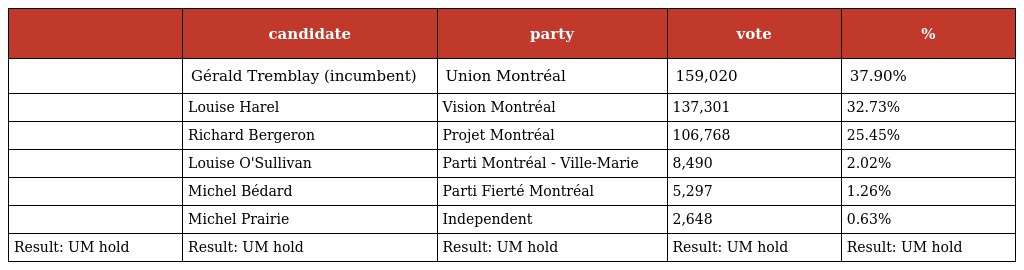
|  | candidate | party | vote | % |
 | --- | --- | --- | --- | --- |
 |  | Gérald Tremblay (incumbent) | Union Montréal | 159,020 | 37.90% |
 |  | Louise Harel | Vision Montréal | 137,301 | 32.73% |
 |  | Richard Bergeron | Projet Montréal | 106,768 | 25.45% |
 |  | Louise O'Sullivan | Parti Montréal - Ville-Marie | 8,490 | 2.02% |
 |  | Michel Bédard | Parti Fierté Montréal | 5,297 | 1.26% |
 |  | Michel Prairie | Independent | 2,648 | 0.63% |
 | Result: UM hold | Result: UM hold | Result: UM hold | Result: UM hold | Result: UM hold |